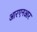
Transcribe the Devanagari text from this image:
आरएनआर